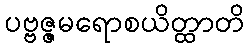
ပဗ္ဗဇ္ဇမရောစယိတ္ထာတိ